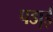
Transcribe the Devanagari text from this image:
पडा़ई